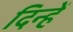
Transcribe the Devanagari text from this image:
दिन्हें